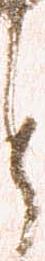
と